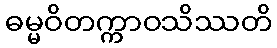
ဓမ္မဝိတက္ကာဝသိဿတိ